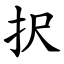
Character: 択